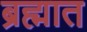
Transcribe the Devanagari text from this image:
ब्रह्मात